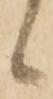
候